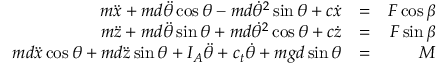
\begin{array} { r l r } { m \ddot { x } + m d \ddot { \theta } \cos \theta - m d \dot { \theta } ^ { 2 } \sin \theta + c \dot { x } } & { = } & { F \cos \beta } \\ { m \ddot { z } + m d \ddot { \theta } \sin \theta + m d \dot { \theta } ^ { 2 } \cos \theta + c \dot { z } } & { = } & { F \sin \beta } \\ { m d \ddot { x } \cos \theta + m d \ddot { z } \sin \theta + I _ { A } \ddot { \theta } + c _ { t } \dot { \theta } + m g d \sin \theta } & { = } & { M } \end{array}